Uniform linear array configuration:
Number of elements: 64
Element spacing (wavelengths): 0.25
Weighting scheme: exponential
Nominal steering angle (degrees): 0
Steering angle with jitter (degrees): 0.6119
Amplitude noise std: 0.05
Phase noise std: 0.05

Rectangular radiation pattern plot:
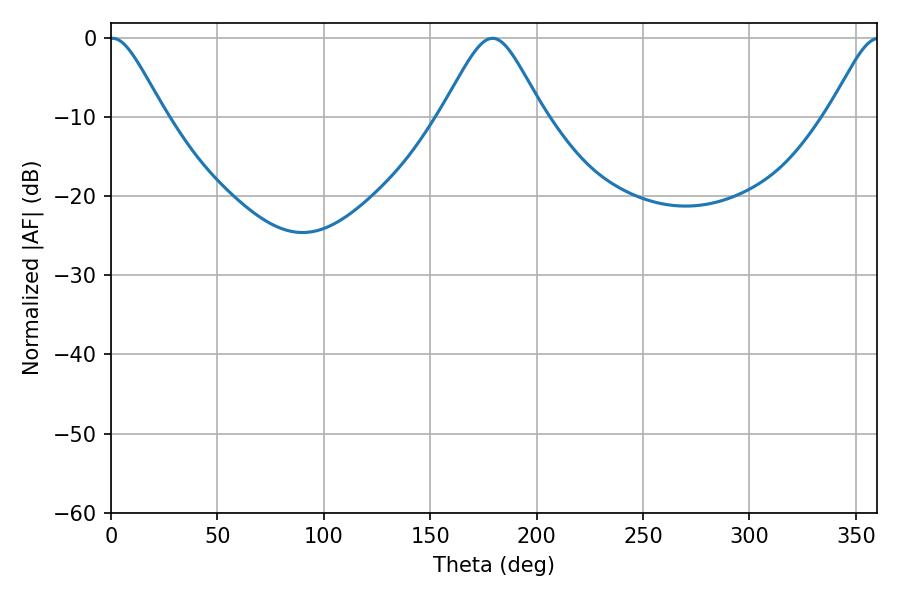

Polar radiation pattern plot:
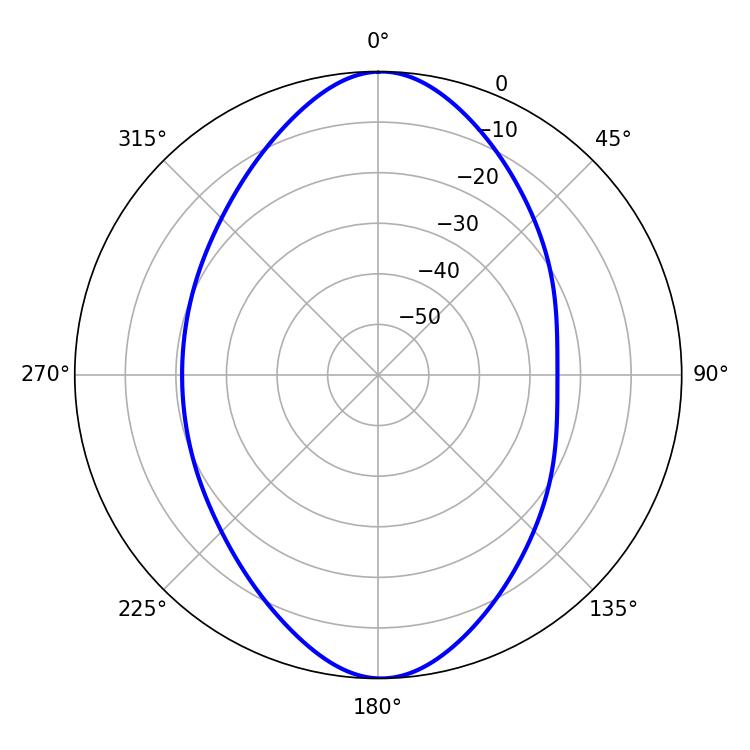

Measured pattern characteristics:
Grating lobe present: FALSE
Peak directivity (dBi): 25.151
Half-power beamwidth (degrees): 23.22
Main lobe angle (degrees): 179.28